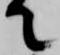
て